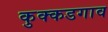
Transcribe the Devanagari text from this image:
कुक्कडगाव